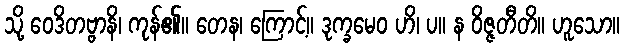
သို့ ဝေဒိတဗ္ဗာနိ၊ ကုန်၏။ တေန၊ ကြောင့်။ ဒုက္ခမေဝ ဟိ၊ ပ။ န ဝိဇ္ဇတီတိ။ ဟူသော။